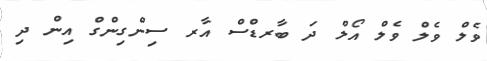
ވެލް ވެލް ވެލް އޯލް ދަ ބާރޑްސް އާރ ސިންގިންގް އިން ދި